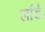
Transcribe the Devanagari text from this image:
र्लार्ड